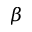
\beta